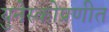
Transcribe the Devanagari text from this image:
युनेस्कोप्रणीत